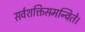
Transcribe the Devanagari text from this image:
सर्वशक्तिसमन्विते।